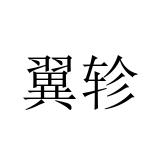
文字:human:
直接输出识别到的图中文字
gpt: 翼轸